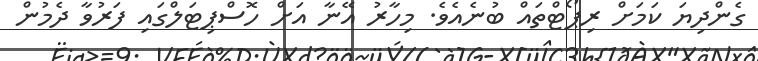
ގެންދިޔަ ކަމަށް ރިޕޯޓްތައް ބުނެއެވެ. މިހާރު އޭނާ އަށް ހޮސްޕިޓަލްގައި ފަރުވާ ދެމުން